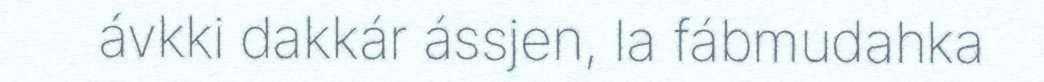
ávkki dakkár ássjen, la fábmudahka